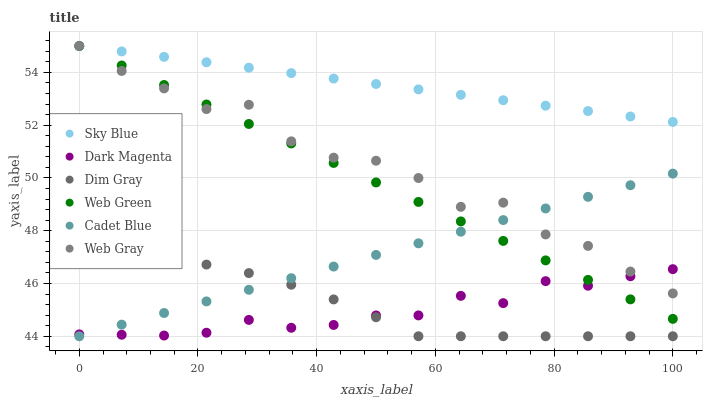
| xaxis_label | Sky Blue | Dark Magenta | Dim Gray | Web Green | Cadet Blue | Web Gray |
 | --- | --- | --- | --- | --- | --- | --- |
 | 0 | 55 | 44.1 | 47 | 55 | 44 | 55 |
 | 7.14 | 54.8 | 44.1 | 47 | 54.3 | 44.4 | 54.1 |
 | 14.3 | 54.6 | 44 | 46.9 | 53.5 | 44.9 | 53.4 |
 | 21.4 | 54.4 | 44.1 | 46.7 | 52.8 | 45.3 | 52.6 |
 | 28.6 | 54.2 | 44.6 | 46.4 | 52 | 45.8 | 52.8 |
 | 35.7 | 54 | 44.3 | 46 | 51.3 | 46.2 | 51.4 |
 | 42.9 | 53.8 | 44.4 | 45.4 | 50.6 | 46.6 | 50.8 |
 | 50 | 53.6 | 44.8 | 44.7 | 49.8 | 47.1 | 50.7 |
 | 57.1 | 53.4 | 44.8 | 44 | 49.1 | 47.5 | 50 |
 | 64.3 | 53.2 | 45.5 | 44 | 48.4 | 48 | 48.9 |
 | 71.4 | 52.9 | 45.3 | 44 | 47.6 | 48.4 | 49.1 |
 | 78.6 | 52.7 | 46.1 | 44 | 46.9 | 48.8 | 47.9 |
 | 85.7 | 52.5 | 45.9 | 44 | 46.1 | 49.3 | 47.4 |
 | 92.9 | 52.3 | 46.3 | 44 | 45.4 | 49.7 | 46.5 |
 | 100 | 52.1 | 46.5 | 44 | 44.7 | 50.2 | 45.6 |